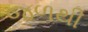
જળથી